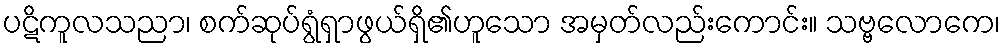
ပဋိကူလသညာ၊ စက်ဆုပ်ရွံရှာဖွယ်ရှိ၏ဟူသော အမှတ်လည်းကောင်း။ သဗ္ဗလောကေ၊